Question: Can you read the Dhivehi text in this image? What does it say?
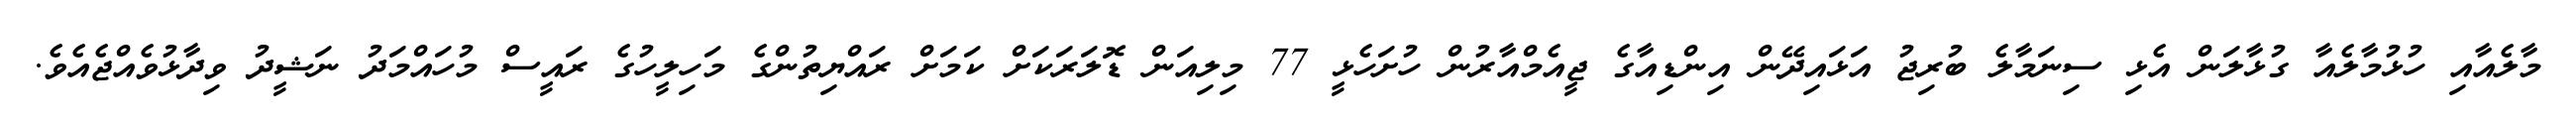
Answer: މާލެއާއި ހުޅުމާލެއާ ގުޅާލަން އެޅި ސިނަމާލެ ބުރިޖު އަޅައިދޭން އިންޑިއާގެ ޖީއެމްއާރުން ހުށަހެޅީ 77 މިލިއަން ޑޮލަރަކަށް ކަމަށް ރައްޔިތުންގެ މަހިލީހުގެ ރައީސް މުހައްމަދު ނަޝީދު ވިދާޅުވެއްޖެއެވެ.